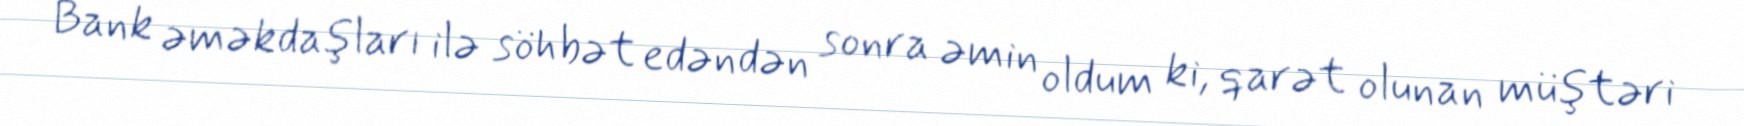
Bank əməkdaşları ilə söhbət edəndən sonra əmin oldum ki, qarət olunan müştəri